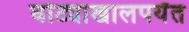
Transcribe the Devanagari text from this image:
घोट्याखालपर्यंत